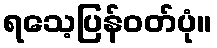
ရသေ့ပြန်ဝတ်ပုံ။